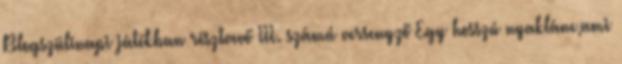
Blogszülinapi játékban résztvevő III. számú versenyző Egy hosszú nyaklánc,ami